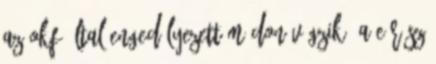
az OKF által engedélyezett módon végzik. a e rész